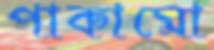
পাকামো